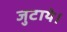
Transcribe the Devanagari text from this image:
जुटाये।